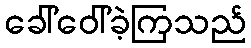
ခေါ်ဝေါ်ခဲ့ကြသည်